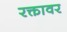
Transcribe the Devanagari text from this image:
रक्तावर